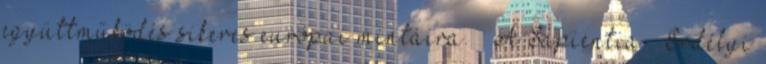
együttműködés sikeres európai mintáira. – A Sapientia – Erdélyi